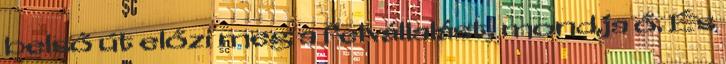
belső út előzi meg a felvállalást, mondja ő. És